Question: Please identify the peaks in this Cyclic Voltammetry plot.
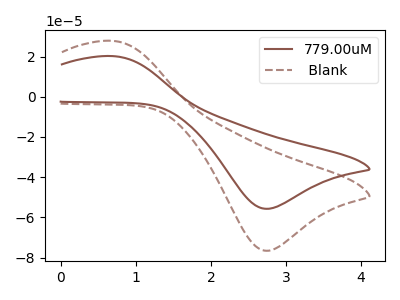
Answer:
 <answer>The brown curve "779.00uM" has an anodic peak at (0.65V, 20.25uA) and a cathodic peak at (2.70V, -55.70uA). The brown dashed curve " Blank" has an anodic peak at (0.65V, 27.85uA) and a cathodic peak at (2.70V, -76.60uA).</answer>
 <eval></eval>